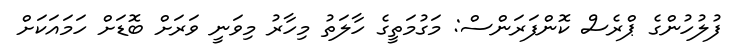
ފުލުހުންގެ ޕްރެސް ކޮންފަރަންސް: މަގުމަތީގެ ހާލަތު މިހާރު މިވަނީ ވަރަށް ބޮޑަށް ހަމައަކަށް